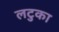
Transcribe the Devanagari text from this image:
लटुका